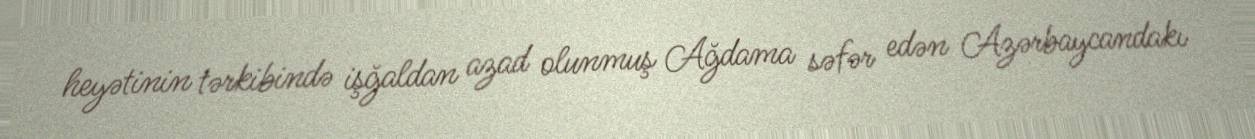
heyətinin tərkibində işğaldan azad olunmuş Ağdama səfər edən Azərbaycandakı